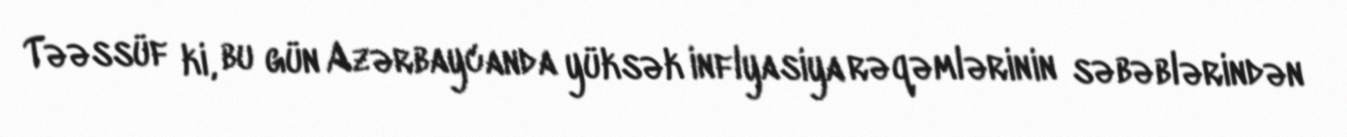
Təəssüf ki, bu gün Azərbaycanda yüksək inflyasiya rəqəmlərinin səbəblərindən